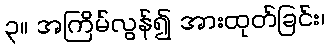
၃။ အကြိမ်လွန်၍ အားထုတ်ခြင်း၊